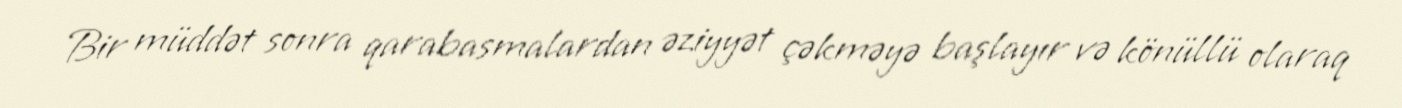
Bir müddət sonra qarabasmalardan əziyyət çəkməyə başlayır və könüllü olaraq